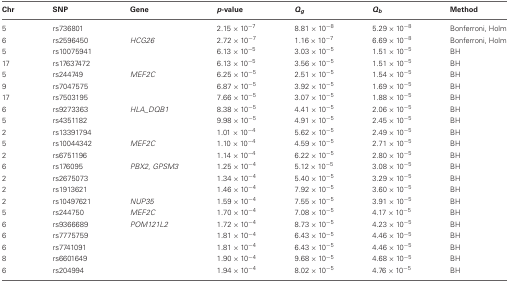
<table><thead><tr><td><b>Chr</b></td><td><b>SNP</b></td><td><b>Gene</b></td><td><b><i>p</i>-value</b></td><td><b><i>Q</i><sub><i>g</i></sub></b></td><td><b><i>Q</i><sub><i>b</i></sub></b></td><td><b>Method</b></td></tr></thead><tbody><tr><td>5</td><td>rs736801</td><td></td><td>2.15 × 10<sup>−7</sup></td><td>8.81 × 10<sup>−8</sup></td><td>5.29 × 10<sup>−8</sup></td><td>Bonferroni, Holm</td></tr><tr><td>6</td><td>rs2596450</td><td><i>HCG26</i></td><td>2.72 × 10<sup>−7</sup></td><td>1.16 × 10<sup>−7</sup></td><td>6.69 × 10<sup>−8</sup></td><td>Bonferroni, Holm</td></tr><tr><td>5</td><td>rs10075941</td><td></td><td>6.13 × 10<sup>−5</sup></td><td>3.03 × 10<sup>−5</sup></td><td>1.51 × 10<sup>−5</sup></td><td>BH</td></tr><tr><td>17</td><td>rs17637472</td><td></td><td>6.13 × 10<sup>−5</sup></td><td>3.56 × 10<sup>−5</sup></td><td>1.51 × 10<sup>−5</sup></td><td>BH</td></tr><tr><td>5</td><td>rs244749</td><td><i>MEF2C</i></td><td>6.25 × 10<sup>−5</sup></td><td>2.51 × 10<sup>−5</sup></td><td>1.54 × 10<sup>−5</sup></td><td>BH</td></tr><tr><td>9</td><td>rs7047575</td><td></td><td>6.87 × 10<sup>−5</sup></td><td>3.92 × 10<sup>−5</sup></td><td>1.69 × 10<sup>−5</sup></td><td>BH</td></tr><tr><td>17</td><td>rs7503195</td><td></td><td>7.66 × 10<sup>−5</sup></td><td>3.07 × 10<sup>−5</sup></td><td>1.88 × 10<sup>−5</sup></td><td>BH</td></tr><tr><td>6</td><td>rs9273363</td><td><i>HLA_DQB1</i></td><td>8.38 × 10<sup>−5</sup></td><td>4.41 × 10<sup>−5</sup></td><td>2.06 × 10<sup>−5</sup></td><td>BH</td></tr><tr><td>5</td><td>rs4351182</td><td></td><td>9.98 × 10<sup>−5</sup></td><td>4.91 × 10<sup>−5</sup></td><td>2.45 × 10<sup>−5</sup></td><td>BH</td></tr><tr><td>2</td><td>rs13391794</td><td></td><td>1.01 × 10<sup>−4</sup></td><td>5.62 × 10<sup>−5</sup></td><td>2.49 × 10<sup>−5</sup></td><td>BH</td></tr><tr><td>5</td><td>rs10044342</td><td><i>MEF2C</i></td><td>1.10 × 10<sup>−4</sup></td><td>4.59 × 10<sup>−5</sup></td><td>2.71 × 10<sup>−5</sup></td><td>BH</td></tr><tr><td>2</td><td>rs6751196</td><td></td><td>1.14 × 10<sup>−4</sup></td><td>6.22 × 10<sup>−5</sup></td><td>2.80 × 10<sup>−5</sup></td><td>BH</td></tr><tr><td>6</td><td>rs176095</td><td><i>PBX2</i>, <i>GPSM3</i></td><td>1.25 × 10<sup>−4</sup></td><td>5.12 × 10<sup>−5</sup></td><td>3.08 × 10<sup>−5</sup></td><td>BH</td></tr><tr><td>2</td><td>rs2675073</td><td></td><td>1.34 × 10<sup>−4</sup></td><td>5.40 × 10<sup>−5</sup></td><td>3.29 × 10<sup>−5</sup></td><td>BH</td></tr><tr><td>2</td><td>rs1913621</td><td></td><td>1.46 × 10<sup>−4</sup></td><td>7.92 × 10<sup>−5</sup></td><td>3.60 × 10<sup>−5</sup></td><td>BH</td></tr><tr><td>2</td><td>rs10497621</td><td><i>NUP35</i></td><td>1.59 × 10<sup>−4</sup></td><td>7.55 × 10<sup>−5</sup></td><td>3.91 × 10<sup>−5</sup></td><td>BH</td></tr><tr><td>5</td><td>rs244750</td><td><i>MEF2C</i></td><td>1.70 × 10<sup>−4</sup></td><td>7.08 × 10<sup>−5</sup></td><td>4.17 × 10<sup>−5</sup></td><td>BH</td></tr><tr><td>6</td><td>rs9366689</td><td><i>POM121L2</i></td><td>1.72 × 10<sup>−4</sup></td><td>8.73 × 10<sup>−5</sup></td><td>4.23 × 10<sup>−5</sup></td><td>BH</td></tr><tr><td>6</td><td>rs7775759</td><td></td><td>1.81 × 10<sup>−4</sup></td><td>6.43 × 10<sup>−5</sup></td><td>4.46 × 10<sup>−5</sup></td><td>BH</td></tr><tr><td>6</td><td>rs7741091</td><td></td><td>1.81 × 10<sup>−4</sup></td><td>6.43 × 10<sup>−5</sup></td><td>4.46 × 10<sup>−5</sup></td><td>BH</td></tr><tr><td>8</td><td>rs6601649</td><td></td><td>1.90 × 10<sup>−4</sup></td><td>9.68 × 10<sup>−5</sup></td><td>4.68 × 10<sup>−5</sup></td><td>BH</td></tr><tr><td>6</td><td>rs204994</td><td></td><td>1.94 × 10<sup>−4</sup></td><td>8.02 × 10<sup>−5</sup></td><td>4.76 × 10<sup>−5</sup></td><td>BH</td></tr></tbody></table>